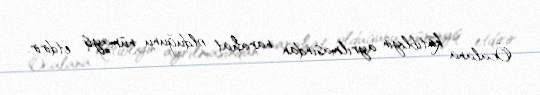
Öcalana katibliyin ayrılmasından narahat olduğunu nümayiş etdirir.